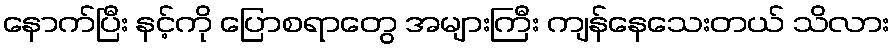
နောက်ပြီး နင့်ကို ပြောစရာတွေ အများကြီး ကျန်နေသေးတယ် သိလား